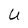
Character: U